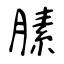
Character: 膆